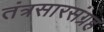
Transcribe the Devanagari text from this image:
तंत्रसारसंग्रह